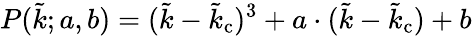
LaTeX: P(\tilde{k};a,b)=(\tilde{k}-\tilde{k}_{\mathrm{c}})^{3}+a\cdot(\tilde{k}-\tilde{k}_{\mathrm{c}})+b